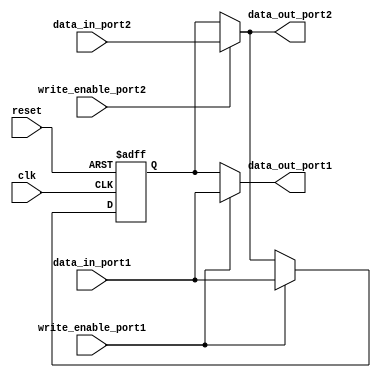
module dual_port_bypass_register (
    input wire clk,
    input wire reset,
    input wire [7:0] data_in_port1,
    input wire write_enable_port1,
    input wire [7:0] data_in_port2,
    input wire write_enable_port2,
    output reg [7:0] data_out_port1,
    output reg [7:0] data_out_port2
);

reg [7:0] reg_data;

always @(posedge clk or posedge reset) begin
    if (reset) begin
        reg_data <= 8'h00;
    end else begin
        if (write_enable_port1) begin
            reg_data <= data_in_port1;
        end else if (write_enable_port2) begin 
            reg_data <= data_in_port2;
        end
    end
end

assign data_out_port1 = (write_enable_port1) ? data_in_port1 : reg_data;
assign data_out_port2 = (write_enable_port2) ? data_in_port2 : reg_data;

endmodule